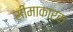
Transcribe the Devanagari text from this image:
सीमाकारक